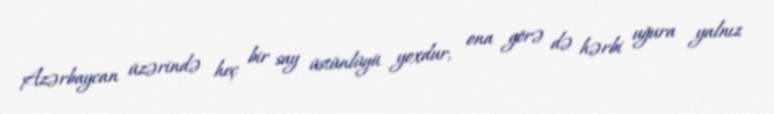
Azərbaycan üzərində heç bir say üstünlüyü yoxdur, ona görə də hərbi uğura yalnız